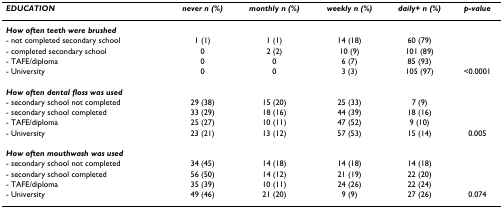
| EDUCATION | never n (%) | monthly n (%) | weekly n (%) | daily+ n (%) | p-value |
 | --- | --- | --- | --- | --- | --- |
 | How often teeth were brushed |  |  |  |  |  |
 | - not completed secondary school | 1 (1) | 1 (1) | 14 (18) | 60 (79) |  |
 | - completed secondary school | 0 | 2 (2) | 10 (9) | 101 (89) |  |
 | - TAFE/diploma | 0 | 0 | 6 (7) | 85 (93) |  |
 | - University | 0 | 0 | 3 (3) | 105 (97) | <0.0001 |
 | How often dental floss was used |  |  |  |  |  |
 | - secondary school not completed | 29 (38) | 15 (20) | 25 (33) | 7 (9) |  |
 | - secondary school completed | 33 (29) | 18 (16) | 44 (39) | 18 (16) |  |
 | - TAFE/diploma | 25 (27) | 10 (11) | 47 (52) | 9 (10) |  |
 | - University | 23 (21) | 13 (12) | 57 (53) | 15 (14) | 0.005 |
 | How often mouthwash was used |  |  |  |  |  |
 | - secondary school not completed | 34 (45) | 14 (18) | 14 (18) | 14 (18) |  |
 | - secondary school completed | 56 (50) | 14 (12) | 21 (19) | 22 (20) |  |
 | - TAFE/diploma | 35 (39) | 10 (11) | 24 (26) | 22 (24) |  |
 | - University | 49 (46) | 21 (20) | 9 (9) | 27 (26) | 0.074 |